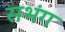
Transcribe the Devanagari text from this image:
सभंग